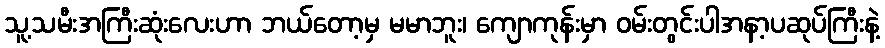
သူ့သမီးအကြီးဆုံးလေးဟာ ဘယ်တော့မှ မမာဘူး၊ ကျောကုန်းမှာ ဝမ်းတွင်းပါအနာ့ပဆုပ်ကြီးနဲ့